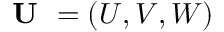
\textbf { U } = ( U , V , W )